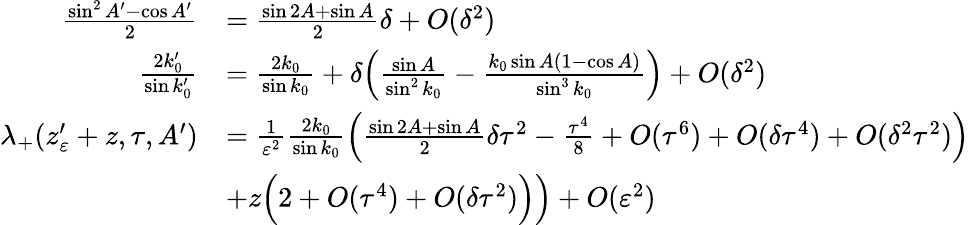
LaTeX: \begin{array}{rl}{\frac{\sin^{2}A^{\prime}-\cos A^{\prime}}{2}}&{=\frac{\sin 2A+\sin A}{2}\delta+O(\delta^{2})}\\ {\frac{2k_{0}^{\prime}}{\sin k_{0}^{\prime}}}&{=\frac{2k_{0}}{\sin k_{0}}+\delta\Big(\frac{\sin A}{\sin^{2}k_{0}}-\frac{k_{0}\sin A(1-\cos A)}{\sin^{3}k_{0}}\Big)+O(\delta^{2})}\\ {\lambda_{+}(z_{\varepsilon}^{\prime}+z,\tau,A^{\prime})}&{=\frac{1}{\varepsilon^{2}}\frac{2k_{0}}{\sin k_{0}}\Big(\frac{\sin 2A+\sin A}{2}\delta\tau^{2}-\frac{\tau^{4}}{8}+O(\tau^{6})+O(\delta\tau^{4})+O(\delta^{2}\tau^{2})\Big)}\\ &{+z\Big(2+O(\tau^{4})+O(\delta\tau^{2})\Big)\Big)+O(\varepsilon^{2})}\end{array}